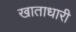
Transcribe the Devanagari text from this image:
खाताधारी